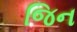
જિન